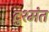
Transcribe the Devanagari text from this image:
दुश्मंत